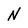
Character: N